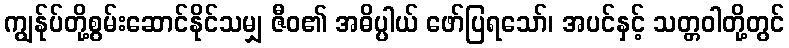
ကျွန်ုပ်တို့စွမ်းဆောင်နိုင်သမျှ ဇီဝ၏ အဓိပ္ပါယ် ဖော်ပြရသော်၊ အပင်နှင့် သတ္တဝါတို့တွင်